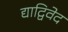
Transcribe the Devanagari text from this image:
द्याद्विवेद